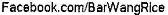
FACEBOOK.COM/BARWANGRLCE